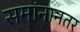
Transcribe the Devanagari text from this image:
समांनानतर